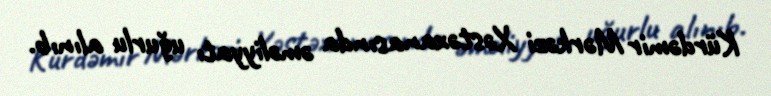
Kürdəmir Mərkəzi Xəstəxanasında əməliyyatı uğurlu alınıb.